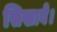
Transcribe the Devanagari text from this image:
सिखावे।